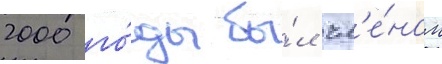
2000 го́ды бы́л чл'е́ном